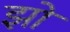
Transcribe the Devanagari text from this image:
झो